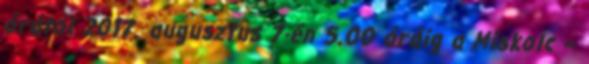
órától 2017. augusztus 7-én 5.00 óráig a Miskolc –